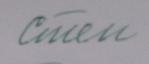
Signature authenticity: forged